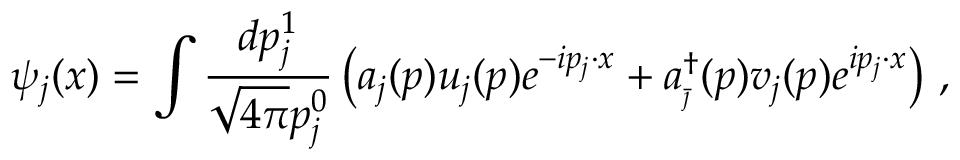
\psi _ { j } ( x ) = \int \frac { d p _ { j } ^ { 1 } } { \sqrt { 4 \pi } p _ { j } ^ { 0 } } \left( a _ { j } ( p ) u _ { j } ( p ) e ^ { - i p _ { j } \cdot x } + a _ { _ { \bar { \jmath } } } ^ { \dagger } ( p ) v _ { j } ( p ) e ^ { i p _ { j } \cdot x } \right) \, , \qquad